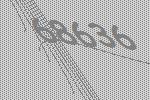
68636